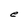
Character: e